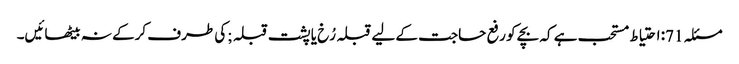
مسئلہ 71: احتیاط مستحب ہے کہ بچے کو رفع حاجت کے لیے قبلہ رُخ یا پشت قبلہ ;کی طرف کرکے نہ بیٹھائیں۔